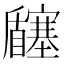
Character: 𡬉